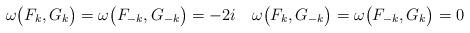
LaTeX: \begin{align*}\omega\big(F_k,G_k\big)=\omega\big(F_{-k},G_{-k}\big)=-2 i\quad\omega\big(F_k,G_{-k}\big)=\omega\big(F_{-k},G_k\big)=0\end{align*}